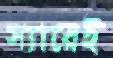
স্যারেই